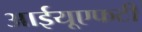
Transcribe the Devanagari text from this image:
आईयूएफटी